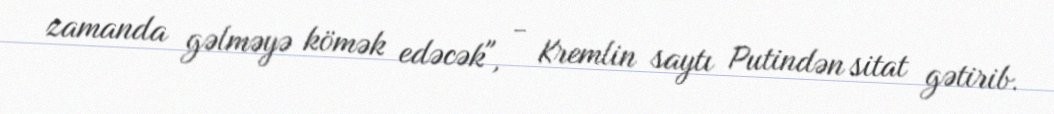
zamanda gəlməyə kömək edəcək", - Kremlin saytı Putindən sitat gətirib.